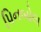
પિનબોલ